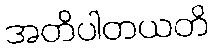
အတိပါတယတိ